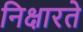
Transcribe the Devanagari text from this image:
निक्षारते